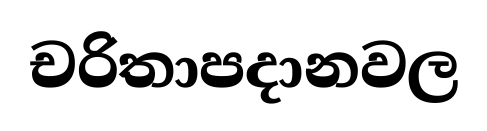
චරිතාපදානවල